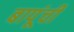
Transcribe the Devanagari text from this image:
बापूंची